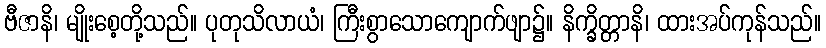
ဗီဇာနိ၊ မျိုးစေ့တို့သည်။ ပုတုသိလာယံ၊ ကြီးစွာသောကျောက်ဖျာ၌။ နိက္ခိတ္တာနိ၊ ထားအပ်ကုန်သည်။